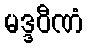
မဒ္ဒဝီဏံ